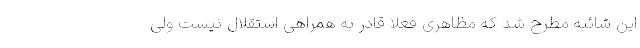
این شائبه مطرح شد که مظاهری فعلاً قادر به همراهی استقلال نیست ولی